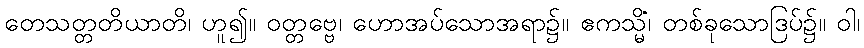
တေသတ္တတိယာတိ၊ ဟူ၍။ ဝတ္တဗ္ဗေ၊ ဟောအပ်သောအရာ၌။ ဧကသ္မိံ၊ တစ်ခုသောဒြပ်၌။ ဝါ၊